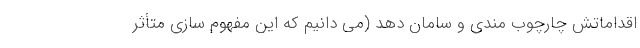
اقداماتش چارچوب مندی و سامان دهد (می دانیم که این مفهوم سازی متأثّر